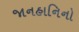
જાનહાનિનો